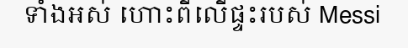
ទាំងអស់ ហោះពីលើផ្ទះរបស់ Messi